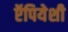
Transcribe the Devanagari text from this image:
ऍपियेशी